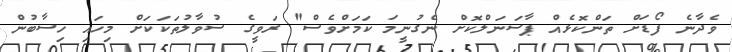
ވެދާނެ ފޯޑަށް ތަންކޮޅެއް ޕާސަނަލްކޮށް ނެގުނީމަ ކަމަށްވެސް" ރަވީގެ ސުވާލުތަކަކަށް މިހައި ހިސާބުން